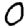
Digit: 0